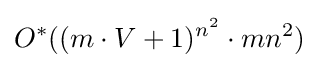
O^{*}((m\cdot V+1)^{n^{2}}\cdot mn^{2})